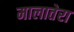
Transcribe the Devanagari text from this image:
मालातेरा